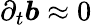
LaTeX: \partial_{t}\boldsymbol{b}\approx 0